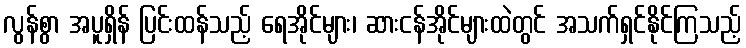
လွန်စွာ အပူရှိန် ပြင်းထန်သည့် ရေအိုင်များ၊ ဆားငန်အိုင်များထဲတွင် အသက်ရှင်နိုင်ကြသည့်